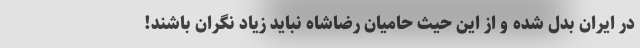
در ایران بدل شده و از این حیث حامیان رضاشاه نباید زیاد نگران باشند!